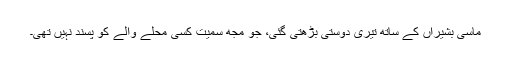
ماسی بشیراں کے ساتھ تیری دوستی بڑھتی گئی، جو مجھ سمیت کسی محلے والے کو پسند نہیں تھی۔